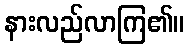
နားလည်လာကြ၏။